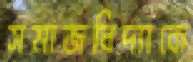
সমাজবিদ্যাকে